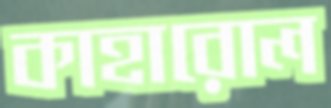
কাহারোল